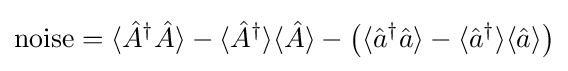
{\rm {noise}}=\langle {\hat {A}}^{\dagger }{\hat {A}}\rangle -\langle {\hat {A}}^{\dagger }\rangle \langle {\hat {A}}\rangle -\left(\langle {\hat {a}}^{\dagger }{\hat {a}}\rangle -\langle {\hat {a}}^{\dagger }\rangle \langle {\hat {a}}\rangle \right)